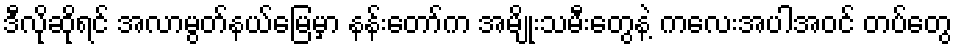
ဒီလိုဆိုရင် အလာမွတ်နယ်မြေမှာ နန်းတော်က အမျိုးသမီးတွေနဲ့ ကလေးအပါအဝင် တပ်တွေ